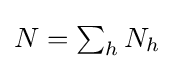
{\textstyle N=\sum _{h}N_{h}}